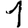
Digit: 1